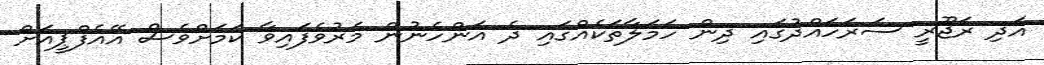
އަދި ރަޖޫރީ ސަރަހައްދުގައި ދިން ހަމަލާތަކެއްގައި ދެ އަންހެނުން މަރުވެފައިވާ ކަމަށްވެސް އޭއެފްޕީއަށް